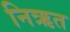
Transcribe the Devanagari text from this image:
निऋत